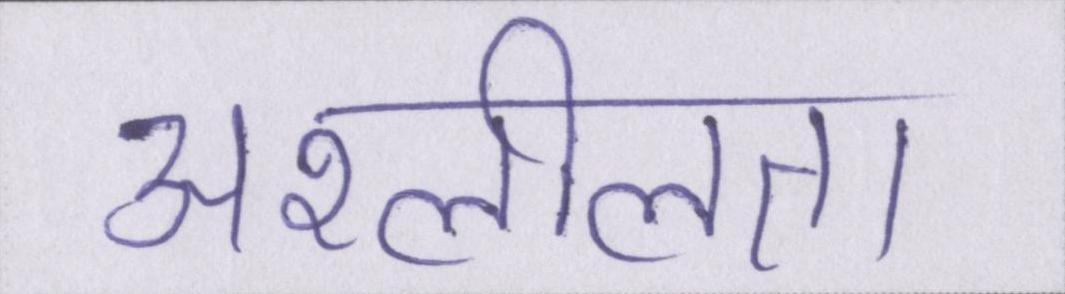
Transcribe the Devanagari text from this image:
अश्लीलता